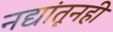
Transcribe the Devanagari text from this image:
नद्यांतूनही